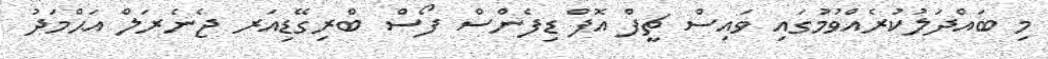
މި ބައްދަލުކުރެއްވުމުގައި ވައިސް ޗީފް އޮފް ޑިފެންސް ފޯސް ބްރިގޭޑިއަރ ޖެނެރަލް އަޙްމަދު